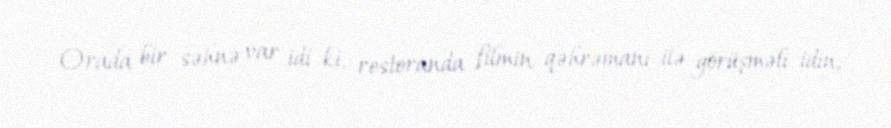
Orada bir səhnə var idi ki, restoranda filmin qəhrəmanı ilə görüşməli idin,